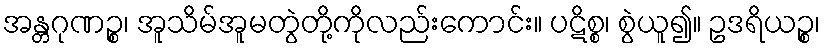
အန္တဂုဏဉ္စ၊ အူသိမ်အူမတွဲတို့ကိုလည်းကောင်း။ ပဋိစ္စ၊ စွဲယူ၍။ ဥဒရိယဉ္စ၊